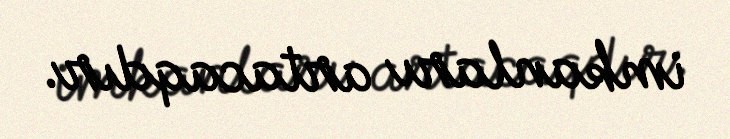
imkanları artacaqdır.